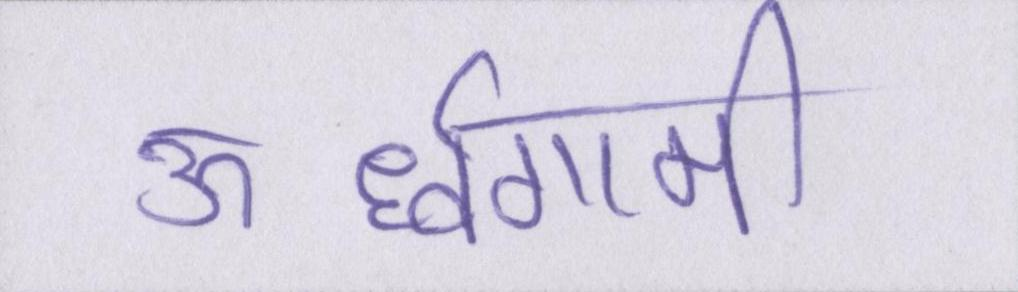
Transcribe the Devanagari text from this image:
ऊर्ध्वगामी